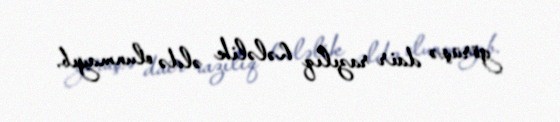
görüşə dair razılıq hələlik əldə olunmayıb.